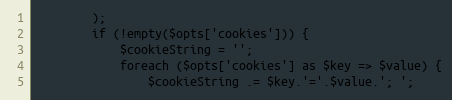
Language: PHP
        );
        if (!empty($opts['cookies'])) {
            $cookieString = '';
            foreach ($opts['cookies'] as $key => $value) {
                $cookieString .= $key.'='.$value.'; ';